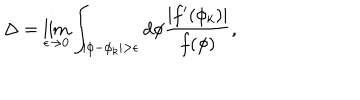
\Delta = \lim _ { \epsilon \rightarrow 0 } \int _ { | \phi - \phi _ { k } | > \epsilon } d \phi \frac { | f ^ { \prime } ( \phi _ { k } ) | } { f ( \phi ) } ,